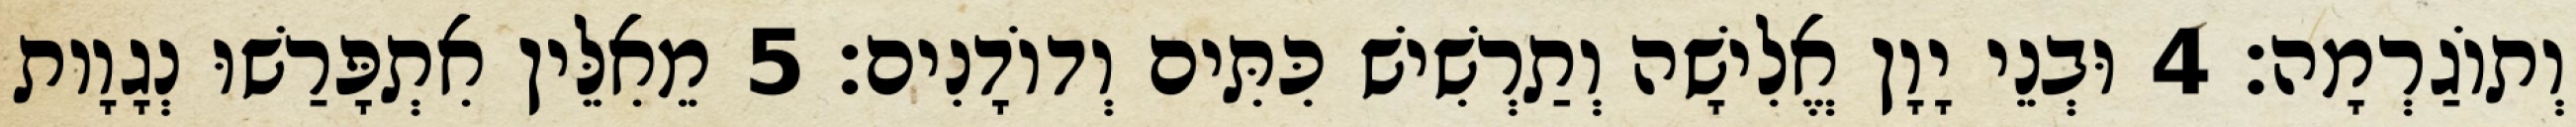
וְתוֹגַרְמָה׃ 4 וּבְנֵי יָוָן אֱלִישָׁה וְתַרְשִׁישׁ כִּתִּים וְדוֹדָנִים׃ 5 מֵאִלֵּין אִתְפָּרַשׁוּ נְגָוָות